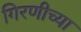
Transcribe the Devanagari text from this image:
गिरणीच्या